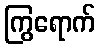
ကြွရောက်